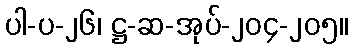
ပါ-ပ-၂၆၊ ဋ္ဌ-ဆ-အုပ်-၂၀၄-၂၀၅။